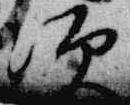
次